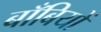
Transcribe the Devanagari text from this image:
बाँबियों